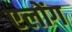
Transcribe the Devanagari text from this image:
एलोंग